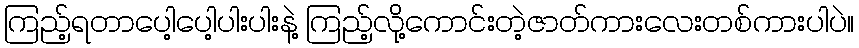
ကြည့်ရတာပေါ့ပေါ့ပါးပါးနဲ့ ကြည့်လို့ကောင်းတဲ့ဇာတ်ကားလေးတစ်ကားပါပဲ။